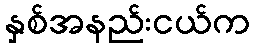
နှစ်အနည်းငယ်က